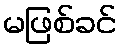
မဖြစ်ခင်